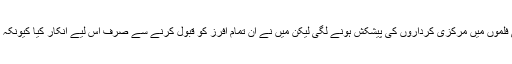
اس شہرت کے چرچے جونہی بالی وڈ تک پہنچے تو پھر وہاں سے بھی فلموں میں مرکزی کرداروں کی پیشکش ہونے لگی لیکن میں نے ان تمام آفرز کو قبول کرنے سے صرف اس لیے انکار کیا کیونکہ مجھے بالی وڈ میں کام کرنے سے زیادہ اپنے ملک کی عزت عزیزتھی۔